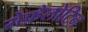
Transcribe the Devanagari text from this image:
सेफ़ैलोटिन